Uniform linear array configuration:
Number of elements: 16
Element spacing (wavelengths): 0.25
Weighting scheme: hann
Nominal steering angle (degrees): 45
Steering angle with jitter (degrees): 44.353
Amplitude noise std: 0.05
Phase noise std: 0.05

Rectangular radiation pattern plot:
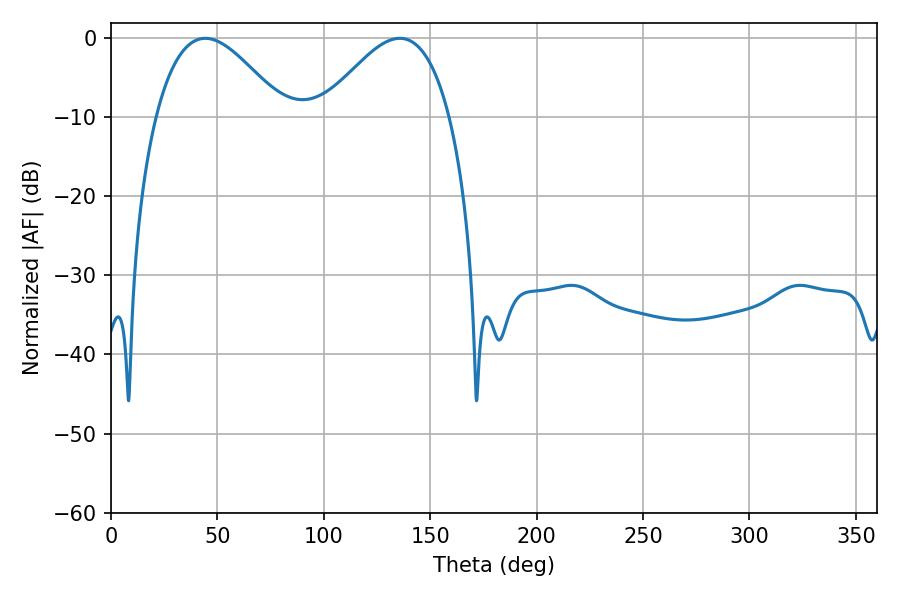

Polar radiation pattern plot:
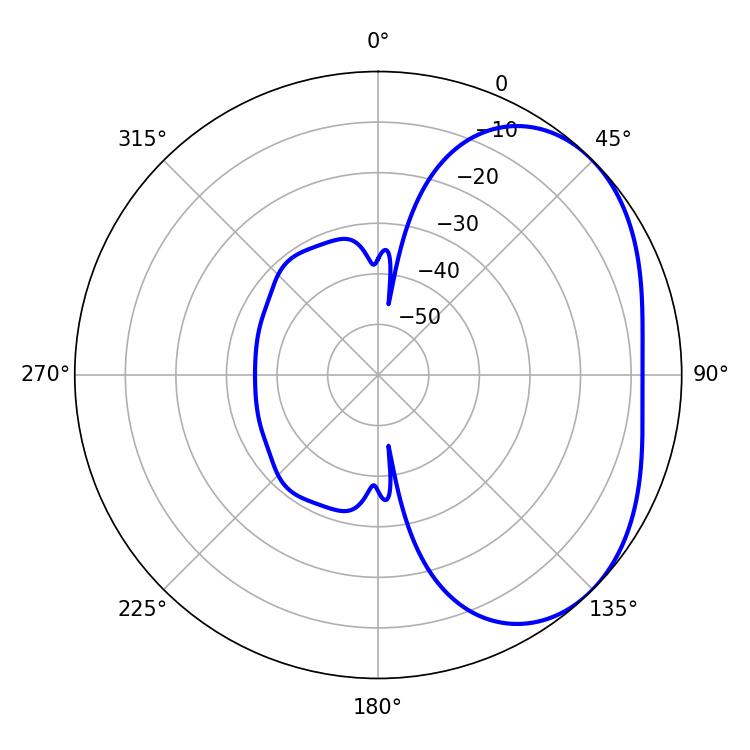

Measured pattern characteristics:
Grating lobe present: FALSE
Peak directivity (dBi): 3.295
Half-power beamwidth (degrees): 32.58
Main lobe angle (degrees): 44.28